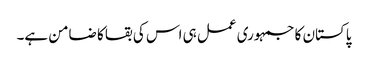
پاکستان کا جمہوری عمل ہی اس کی بقا کا ضامن ہے۔